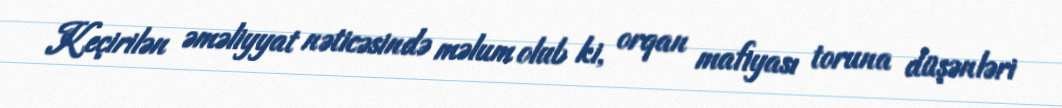
Keçirilən əməliyyat nəticəsində məlum olub ki, orqan mafiyası toruna düşənləri